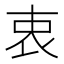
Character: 衷